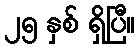
၂၅ နှစ် ရှိပြီ။